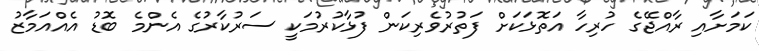
ކަމަށާއި ރާއްޖޭގެ ހުރިހާ އަތޮޅަކަށް ފަތުރުވެރިކަން ފުޅާކުރުމަކީ ސަރުކާރުގެ އެންމެ ބޮޑު އެއްއަމާޒު